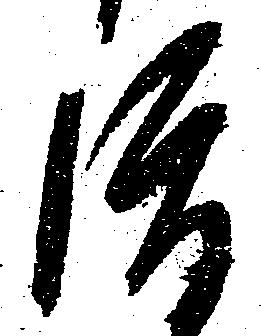
渡